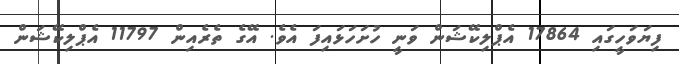
ފިޔަވަހީގައި 17864 އެޕްލިކޭޝަން ވަނީ ހުށަހަޅައިފަ އެވެ. އޭގެ ތެރެއިން 11797 އެޕްލިކޭޝަން